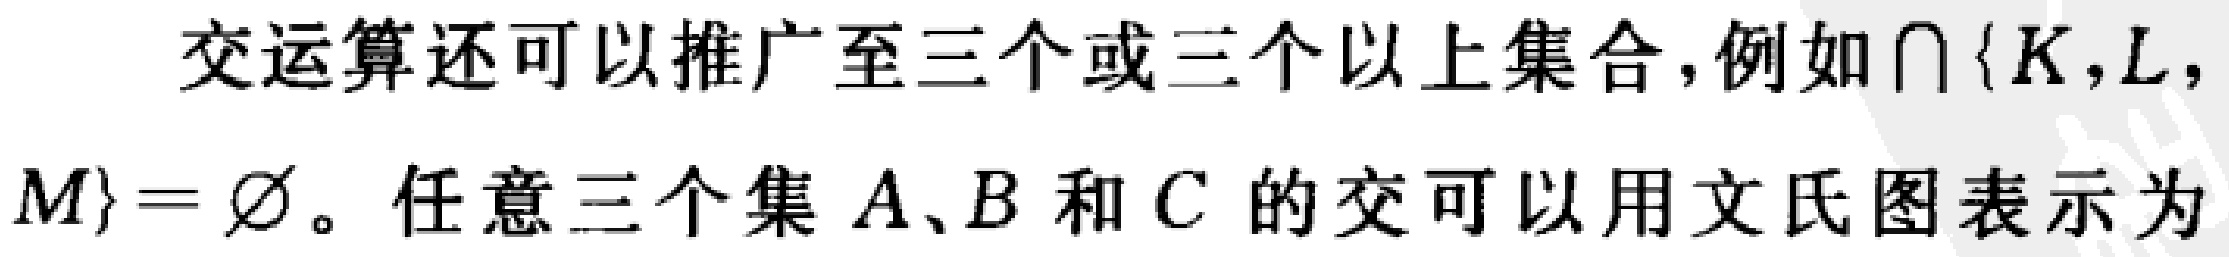
交运算还可以推广至三个或三个以上集合,例如$\cap \{K,L,M\}=\varnothing$。任意三个集$A、B$和$C$的交可以用文氏图表示为